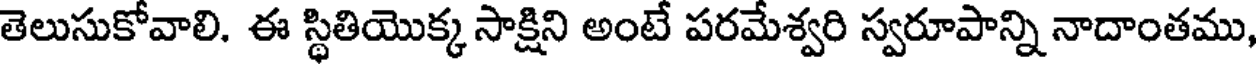
తెలుసుకోవాలి. ఈ స్థితియొక్క సాక్షిని అంటే పరమేశ్వరి స్వరూపాన్ని నాదాంతము,